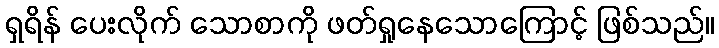
ရှရိန် ပေးလိုက် သောစာကို ဖတ်ရှုနေသောကြောင့် ဖြစ်သည်။